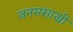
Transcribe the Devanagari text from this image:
जनमसाखी